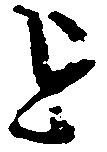
を